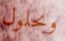
وبحلول